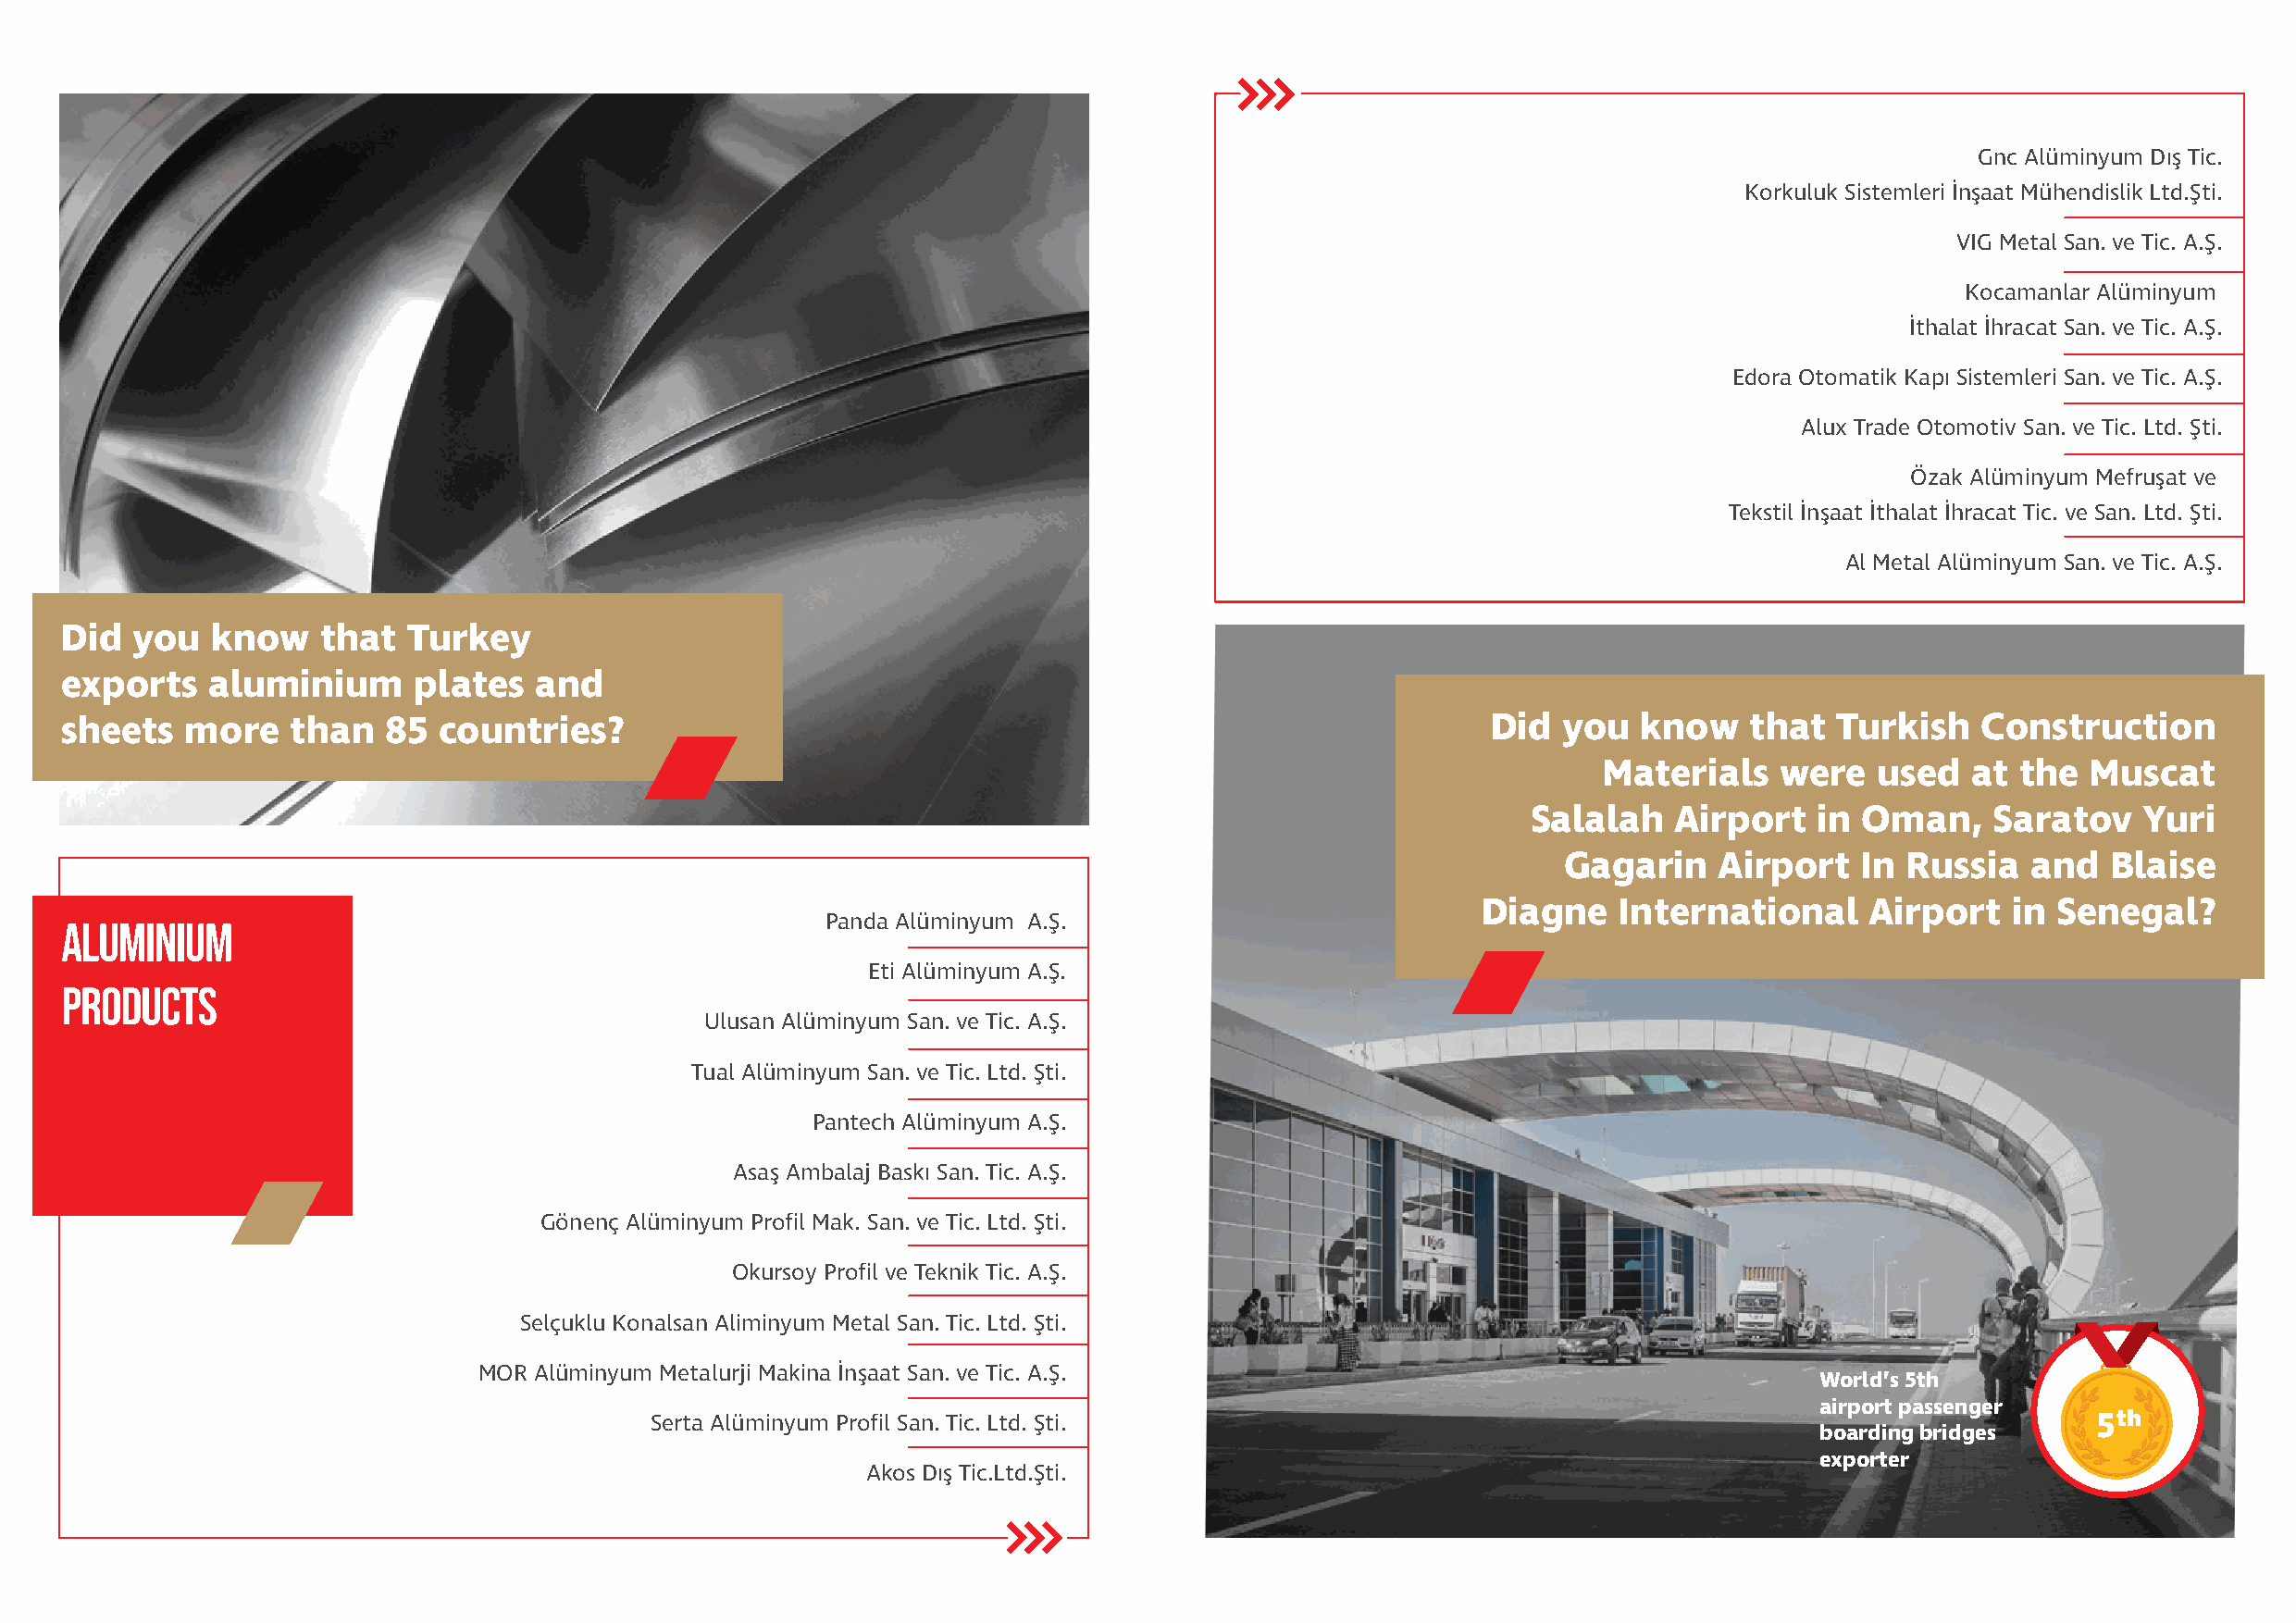
Gnc Alüminyum Dış Tic.
 Korkuluk Sistemleri İnşaat Mühendislik Ltd.Şti.
 VIG Metal San. ve Tic. A.Ş.
 Kocamanlar Alüminyum
 İthalat İhracat San. ve Tic. A.Ş.
 Edora Otomatik Kapı Sistemleri San. ve Tic. A.Ş.
 Alux Trade Otomotiv San. ve Tic. Ltd. Şti.
 Özak Alüminyum Mefruşat ve
 Tekstil İnşaat İthalat İhracat Tic. ve San. Ltd. Şti.
 Al Metal Alüminyum San. ve Tic. A.Ş.
 Did  you   know    that  Turkey
 exports    aluminium      plates  and
 sheets   more    than   85 countries?                                                                  Did  you  know    that  Turkish    Construction
 Materials   were   used   at the  Muscat
 Salalah    Airport   in Oman,     Saratov   Yuri
 Gagarin    Airport   In Russia   and   Blaise
 Diagne    International     Airport   in Senegal?
 ALUMINIUM                                              Panda Alüminyum A.Ş.
 Eti Alüminyum A.Ş.
 PRODUCTS
 Ulusan Alüminyum San. ve Tic. A.Ş.
 Tual Alüminyum San. ve Tic. Ltd. Şti.
 Pantech Alüminyum A.Ş.
 Asaş Ambalaj Baskı San. Tic. A.Ş.
 Gönenç Alüminyum Profil Mak. San. ve Tic. Ltd. Şti.
 Okursoy Profil ve Teknik Tic. A.Ş.
 Selçuklu Konalsan Aliminyum Metal San. Tic. Ltd. Şti.
 MOR Alüminyum Metalurji Makina İnşaat San. ve Tic. A.Ş.
 World’s 5th
 airport passenger
 Serta Alüminyum Profil San. Tic. Ltd. Şti.                                                             5th
 boarding bridges
 exporter
 Akos Dış Tic.Ltd.Şti.